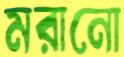
মরানো